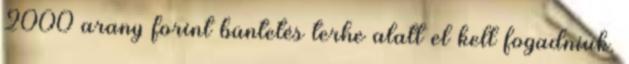
2000 arany forint büntetés terhe alatt el kell fogadniuk.